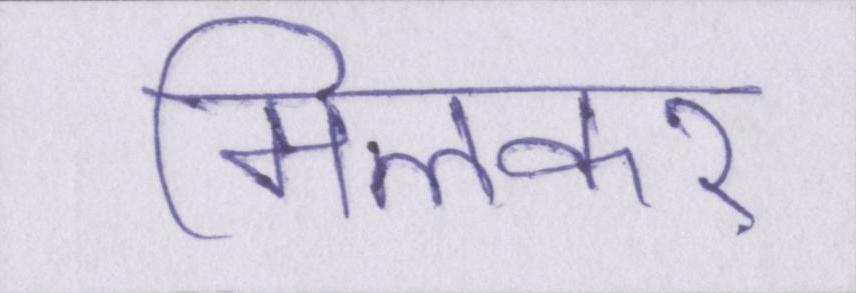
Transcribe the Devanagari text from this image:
मिलकर